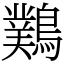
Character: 䴆